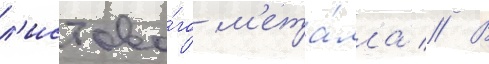
л'истово́го м'ета́лла // В